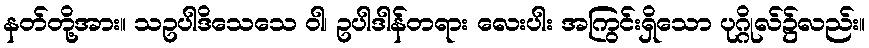
နတ်တို့အား။ သဥပါဒိသေသေ ဝါ၊ ဥပါဒါန်တရား လေးပါး အကြွင်းရှိသော ပုဂ္ဂိုလ်၌လည်း။